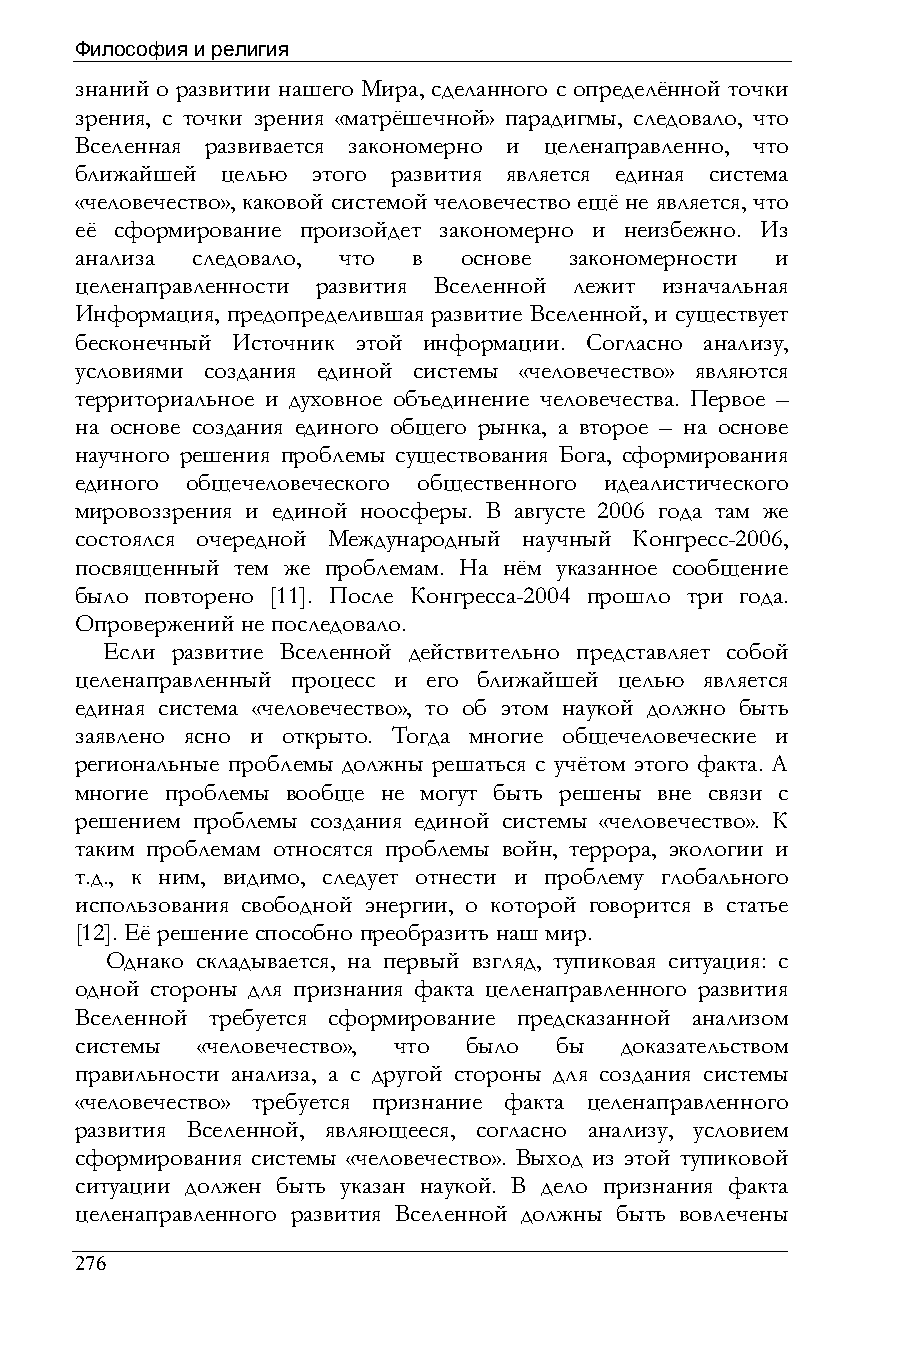
Философия и религия
 знаний о развитии нашего Мира, сделанного с определённой точки
 зрения, с точки зрения «матрёшечной» парадигмы, следовало, что
 Вселенная развивается закономерно и целенаправленно, что
 ближайшей целью этого развития является единая система
 «человечество», каковой системой человечество ещё не является, что
 её сформирование произойдет закономерно и неизбежно. Из
 анализа следовало, что в основе  закономерности и
 целенаправленности развития Вселенной лежит изначальная
 Информация, предопределившая развитие Вселенной, и существует
 бесконечный Источник этой информации. Согласно анализу,
 условиями создания единой системы «человечество» являются
 территориальное и духовное объединение человечества. Первое –
 на основе создания единого общего рынка, а второе – на основе
 научного решения проблемы существования Бога, сформирования
 единого общечеловеческого общественного идеалистического
 мировоззрения и единой ноосферы. В августе 2006 года там же
 состоялся очередной Международный научный Конгресс-2006,
 посвященный тем же проблемам. На нём указанное сообщение
 было повторено [11]. После Конгресса-2004 прошло три года.
 Опровержений не последовало.
 Если развитие Вселенной действительно представляет собой
 целенаправленный процесс и его ближайшей целью является
 единая система «человечество», то об этом наукой должно быть
 заявлено ясно и открыто. Тогда многие общечеловеческие и
 региональные проблемы должны решаться с учётом этого факта. А
 многие проблемы вообще не могут быть решены вне связи с
 решением проблемы создания единой системы «человечество». К
 таким проблемам относятся проблемы войн, террора, экологии и
 т.д., к ним, видимо, следует отнести и проблему глобального
 использования свободной энергии, о которой говорится в статье
 [12]. Её решение способно преобразить наш мир.
 Однако складывается, на первый взгляд, тупиковая ситуация: с
 одной стороны для признания факта целенаправленного развития
 Вселенной требуется сформирование предсказанной анализом
 системы «человечество», что было бы доказательством
 правильности анализа, а с другой стороны для создания системы
 «человечество» требуется признание факта целенаправленного
 развития Вселенной, являющееся, согласно анализу, условием
 сформирования системы «человечество». Выход из этой тупиковой
 ситуации должен быть указан наукой. В дело признания факта
 целенаправленного развития Вселенной должны быть вовлечены
 276